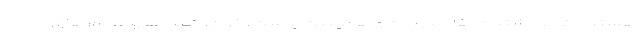
هستند که به اشتباه مفاصل بدن و همچنین پوست، خون، کلیه ها و اندام های